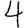
Digit: 4